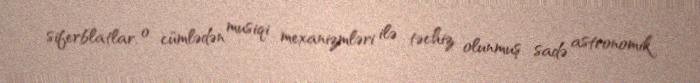
siferblatlar, o cümlədən musiqi mexanizmləri ilə təchiz olunmuş sadə astronomik